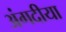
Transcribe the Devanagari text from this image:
अंगदीया